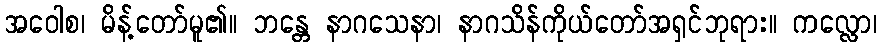
အဝေါစ၊ မိန့်တော်မူ၏။ ဘန္တေ နာဂသေနာ၊ နာဂသိန်ကိုယ်တော်အရှင်ဘုရား။ ကလ္လော၊